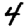
Digit: 4